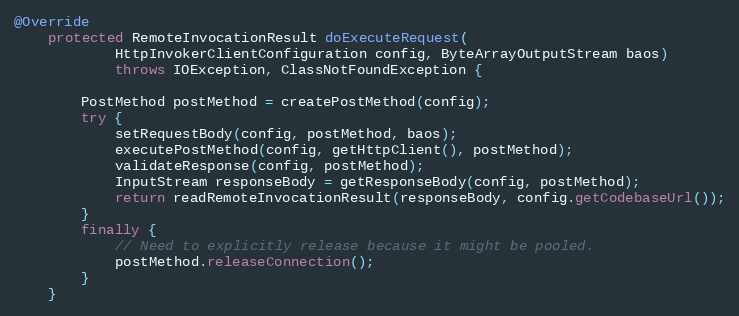
Language: Java
@Override
    protected RemoteInvocationResult doExecuteRequest(
            HttpInvokerClientConfiguration config, ByteArrayOutputStream baos)
            throws IOException, ClassNotFoundException {

        PostMethod postMethod = createPostMethod(config);
        try {
            setRequestBody(config, postMethod, baos);
            executePostMethod(config, getHttpClient(), postMethod);
            validateResponse(config, postMethod);
            InputStream responseBody = getResponseBody(config, postMethod);
            return readRemoteInvocationResult(responseBody, config.getCodebaseUrl());
        }
        finally {
            // Need to explicitly release because it might be pooled.
            postMethod.releaseConnection();
        }
    }